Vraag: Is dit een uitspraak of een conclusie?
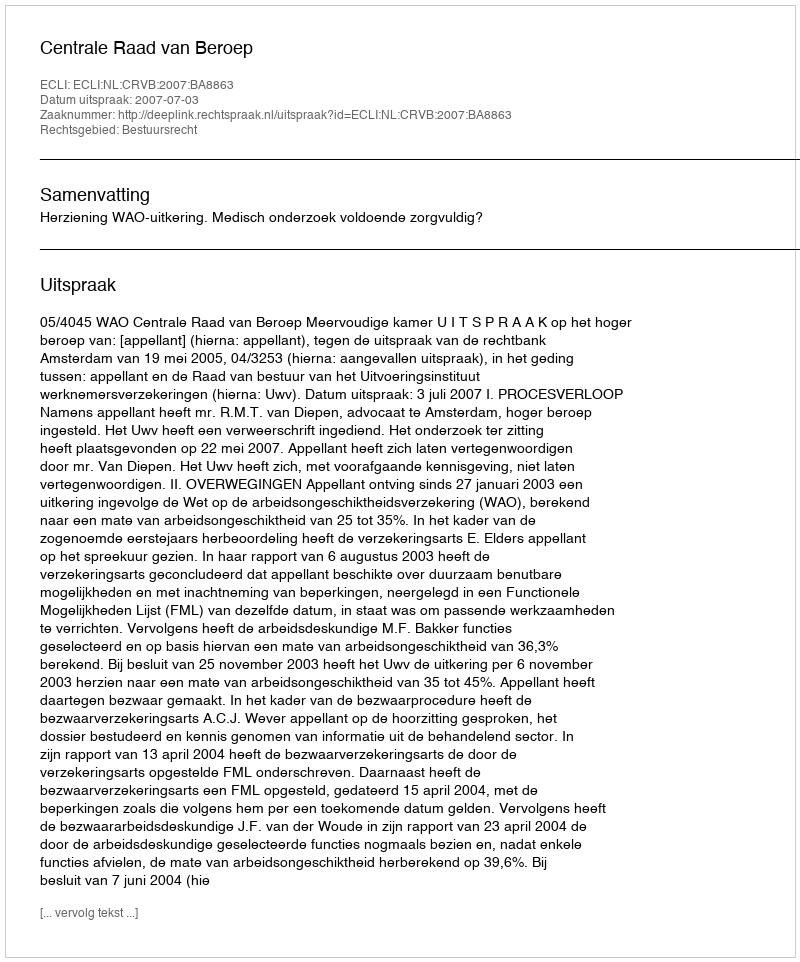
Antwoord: Uitspraak